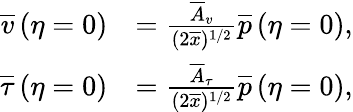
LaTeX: \begin{array}{rl}{\overline{{v}}\left(\eta=0\right)}&{=\frac{\overline{{A}}_{v}}{(2\overline{{x}})^{1/2}}\overline{{p}}\left(\eta=0\right),}\\ {\overline{{\tau}}\left(\eta=0\right)}&{=\frac{\overline{{A}}_{\tau}}{(2\overline{{x}})^{1/2}}\overline{{p}}\left(\eta=0\right),}\end{array}